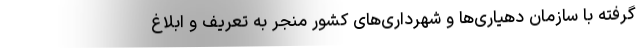
گرفته با سازمان دهیاری‌ها و شهرداری‌های کشور منجر به تعریف و ابلاغ